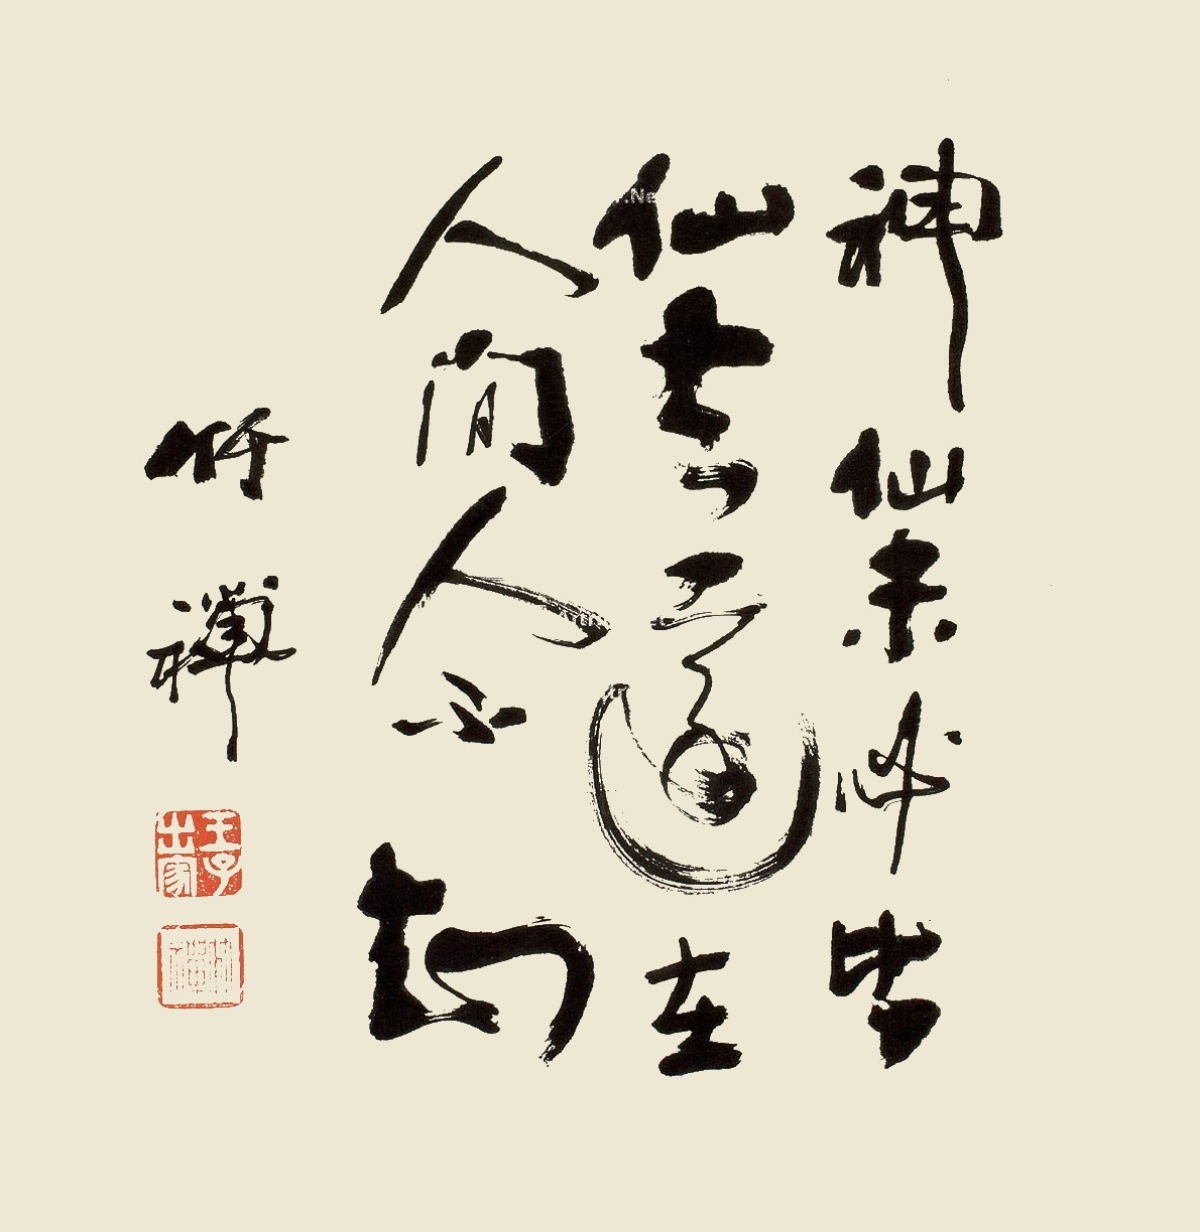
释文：神仙未必皆仙去，还在人间人不知。竹禅。